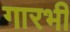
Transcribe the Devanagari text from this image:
गारभी